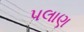
પલાણ